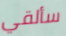
سألقي